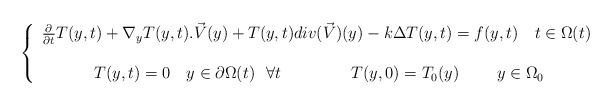
LaTeX: \begin{align*}\left\{\begin{array}{cl}\frac{\partial }{\partial t} T(y,t) + \nabla_y T(y,t).\vec{V}(y)+ T(y,t) div(\vec{V})(y) - k \Delta T(y,t)= f(y,t) \ \ \ t \in\Omega(t) &\mbox{ } \\&\mbox{ } \\\ T(y,t)= 0 \ \ \ y\in \partial\Omega(t) \ \ \forall t \ \ \ \ \ \ \ \ \ \ \ \ \ T(y,0)= T_0(y) \ \ \ \ \ \ \ y \in \Omega_0 &\mbox{ } \end{array}\right.\end{align*}